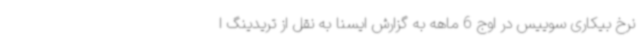
نرخ بیکاری سوییس در اوج 6 ماهه به گزارش ایسنا به نقل از تریدینگ ا